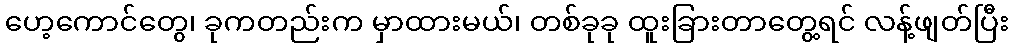
ဟေ့ကောင်တွေ၊ ခုကတည်းက မှာထားမယ်၊ တစ်ခုခု ထူးခြားတာတွေ့ရင် လန့်ဖျတ်ပြီး